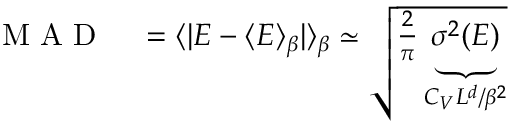
\begin{array} { r l } { \mathrm { ~ M ~ A ~ D ~ } } & { { } = \langle | E - \langle E \rangle _ { \beta } | \rangle _ { \beta } \simeq \sqrt { \frac 2 \pi \underbrace { \sigma ^ { 2 } ( E ) } _ { C _ { V } L ^ { d } / \beta ^ { 2 } } } } \end{array}